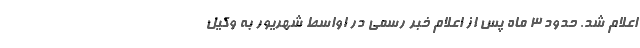
اعلام شد. حدود 3 ماه پس از اعلام خبر رسمی در اواسط شهریور به وکیل